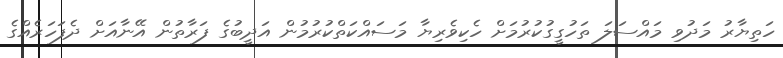
ހަތިޔާރު މަދުވި މައްސަލަ ތަހުގީގުކުރުމަށް ހެކިވެރިޔާ މަސައްކަތްކުރުމުން އަދީބުގެ ފަރާތުން އޭނާއަށް ދެފަހަރެއްގެ